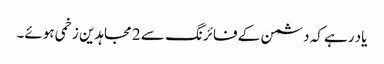
یاد رہے کہ دشمن کے فائرنگ سے 2 مجاہدین زخمی ہوئے۔